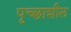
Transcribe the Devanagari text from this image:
पृच्छाशील